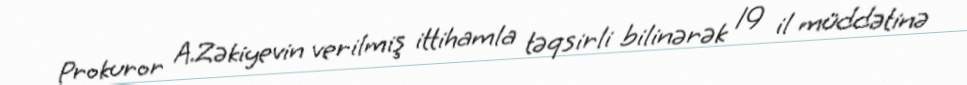
Prokuror A.Zəkiyevin verilmiş ittihamla təqsirli bilinərək 19 il müddətinə